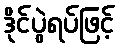
ဒိုင်ပွဲရပ်ဖြင့်